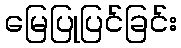
မြေပြုပြင်ခြင်း